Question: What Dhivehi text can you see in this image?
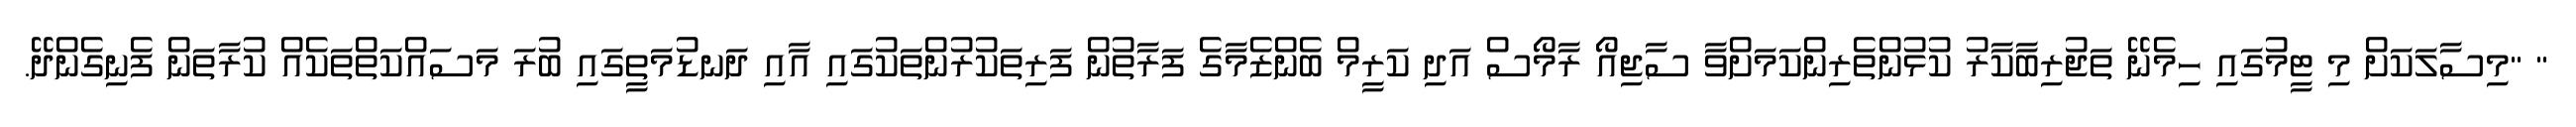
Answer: " "މިސާލަކަށް މި ޓީމުގައި ހިމެނޭ ތަޖުރިބާކާރު ކުޅުންތެރިންކަމަށްވާ ސާޖިއޯ ރާމޯސް އަދި ކަރީމް ބެންޒެމާގެ ފަރާތުން ފަރިތަކުރުންތަކުގައި އާއި ދަނޑުމަތީގައި ބުރަ މަސައްކަތްތަކެއް ކުރާތަން ފެނިގެންދޭ.